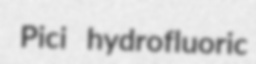
Pici hydrofluoric